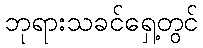
ဘုရားသခင်ရှေ့တွင်